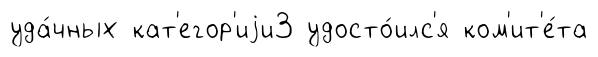
уда́чных кат'егор'иjи3 удосто́илс'я ком'ит'е́та